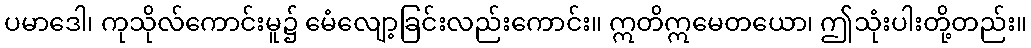
ပမာဒေါ၊ ကုသိုလ်ကောင်းမူ၌ မေံလျော့ခြင်းလည်းကောင်း။ ဣတိဣမေတယော၊ ဤသုံးပါးတို့တည်း။